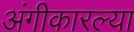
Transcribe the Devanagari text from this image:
अंगीकारल्या